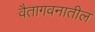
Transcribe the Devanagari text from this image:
वैतागवनातील